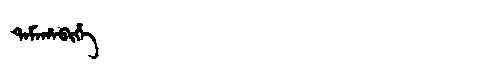
Manchu: ᡨᠠᠮᠠᡥᠠᠪᡳᡥᡝ
Romanization: TAMAHABIHE